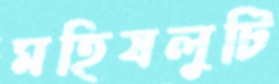
মহিষলুটি